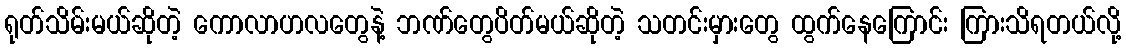
ရုတ်သိမ်းမယ်ဆိုတဲ့ ကောလာဟလတွေနဲ့ ဘဏ်တွေပိတ်မယ်ဆိုတဲ့ သတင်းမှားတွေ ထွက်နေကြောင်း ကြားသိရတယ်လို့